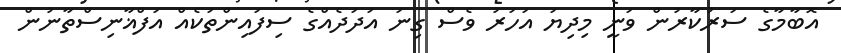
އޮބާމާގެ ސަރުކާރުން ވަނީ މިދިޔަ އަހަރު ވެސް ގިނަ އަދަދެއްގެ ސިފައިންތަކެއް އަފްޣާނިސްތާނުން